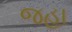
જહા